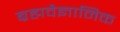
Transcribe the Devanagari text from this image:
ब्रह्मवैज्ञानिक